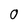
Character: 0